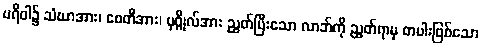
ပရိဝါ၌ သံဃာအား၊ စေတီအား၊ ပုဂ္ဂိုလ်အား ညွတ်ပြီးသော လာဘ်ကို ညွတ်ရာမှ တပါးဖြစ်သော